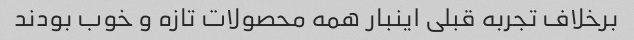
برخلاف تجربه قبلی اینبار همه محصولات تازه و خوب بودند